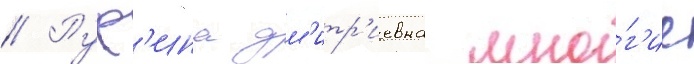
// Руф'ина дм'итр'иевна мно́г'ие